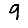
Digit: 9